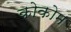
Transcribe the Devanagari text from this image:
कोकोम